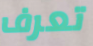
تعرف